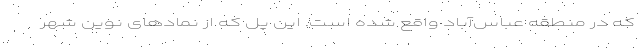
که در منطقه عباس‌آباد واقع شده است. این پل که از نمادهای نوین شهر